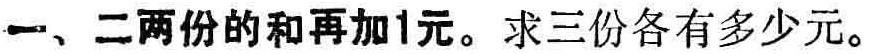
一、二两份的和再加1元。求三份各有多少元。